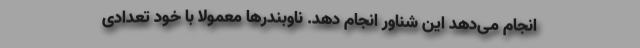
انجام می‌دهد این شناور انجام دهد. ناوبندرها معمولاً با خود تعدادی